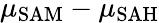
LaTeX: \mu_{\mathrm{SAM}}-\mu_{\mathrm{SAH}}